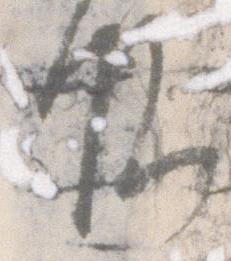
候